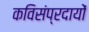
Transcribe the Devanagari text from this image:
कविसंप्रदायों